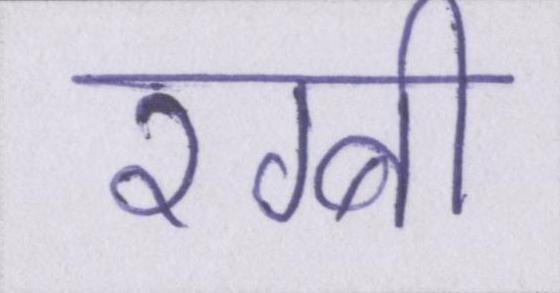
रग्बी